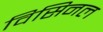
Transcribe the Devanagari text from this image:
विसिनल